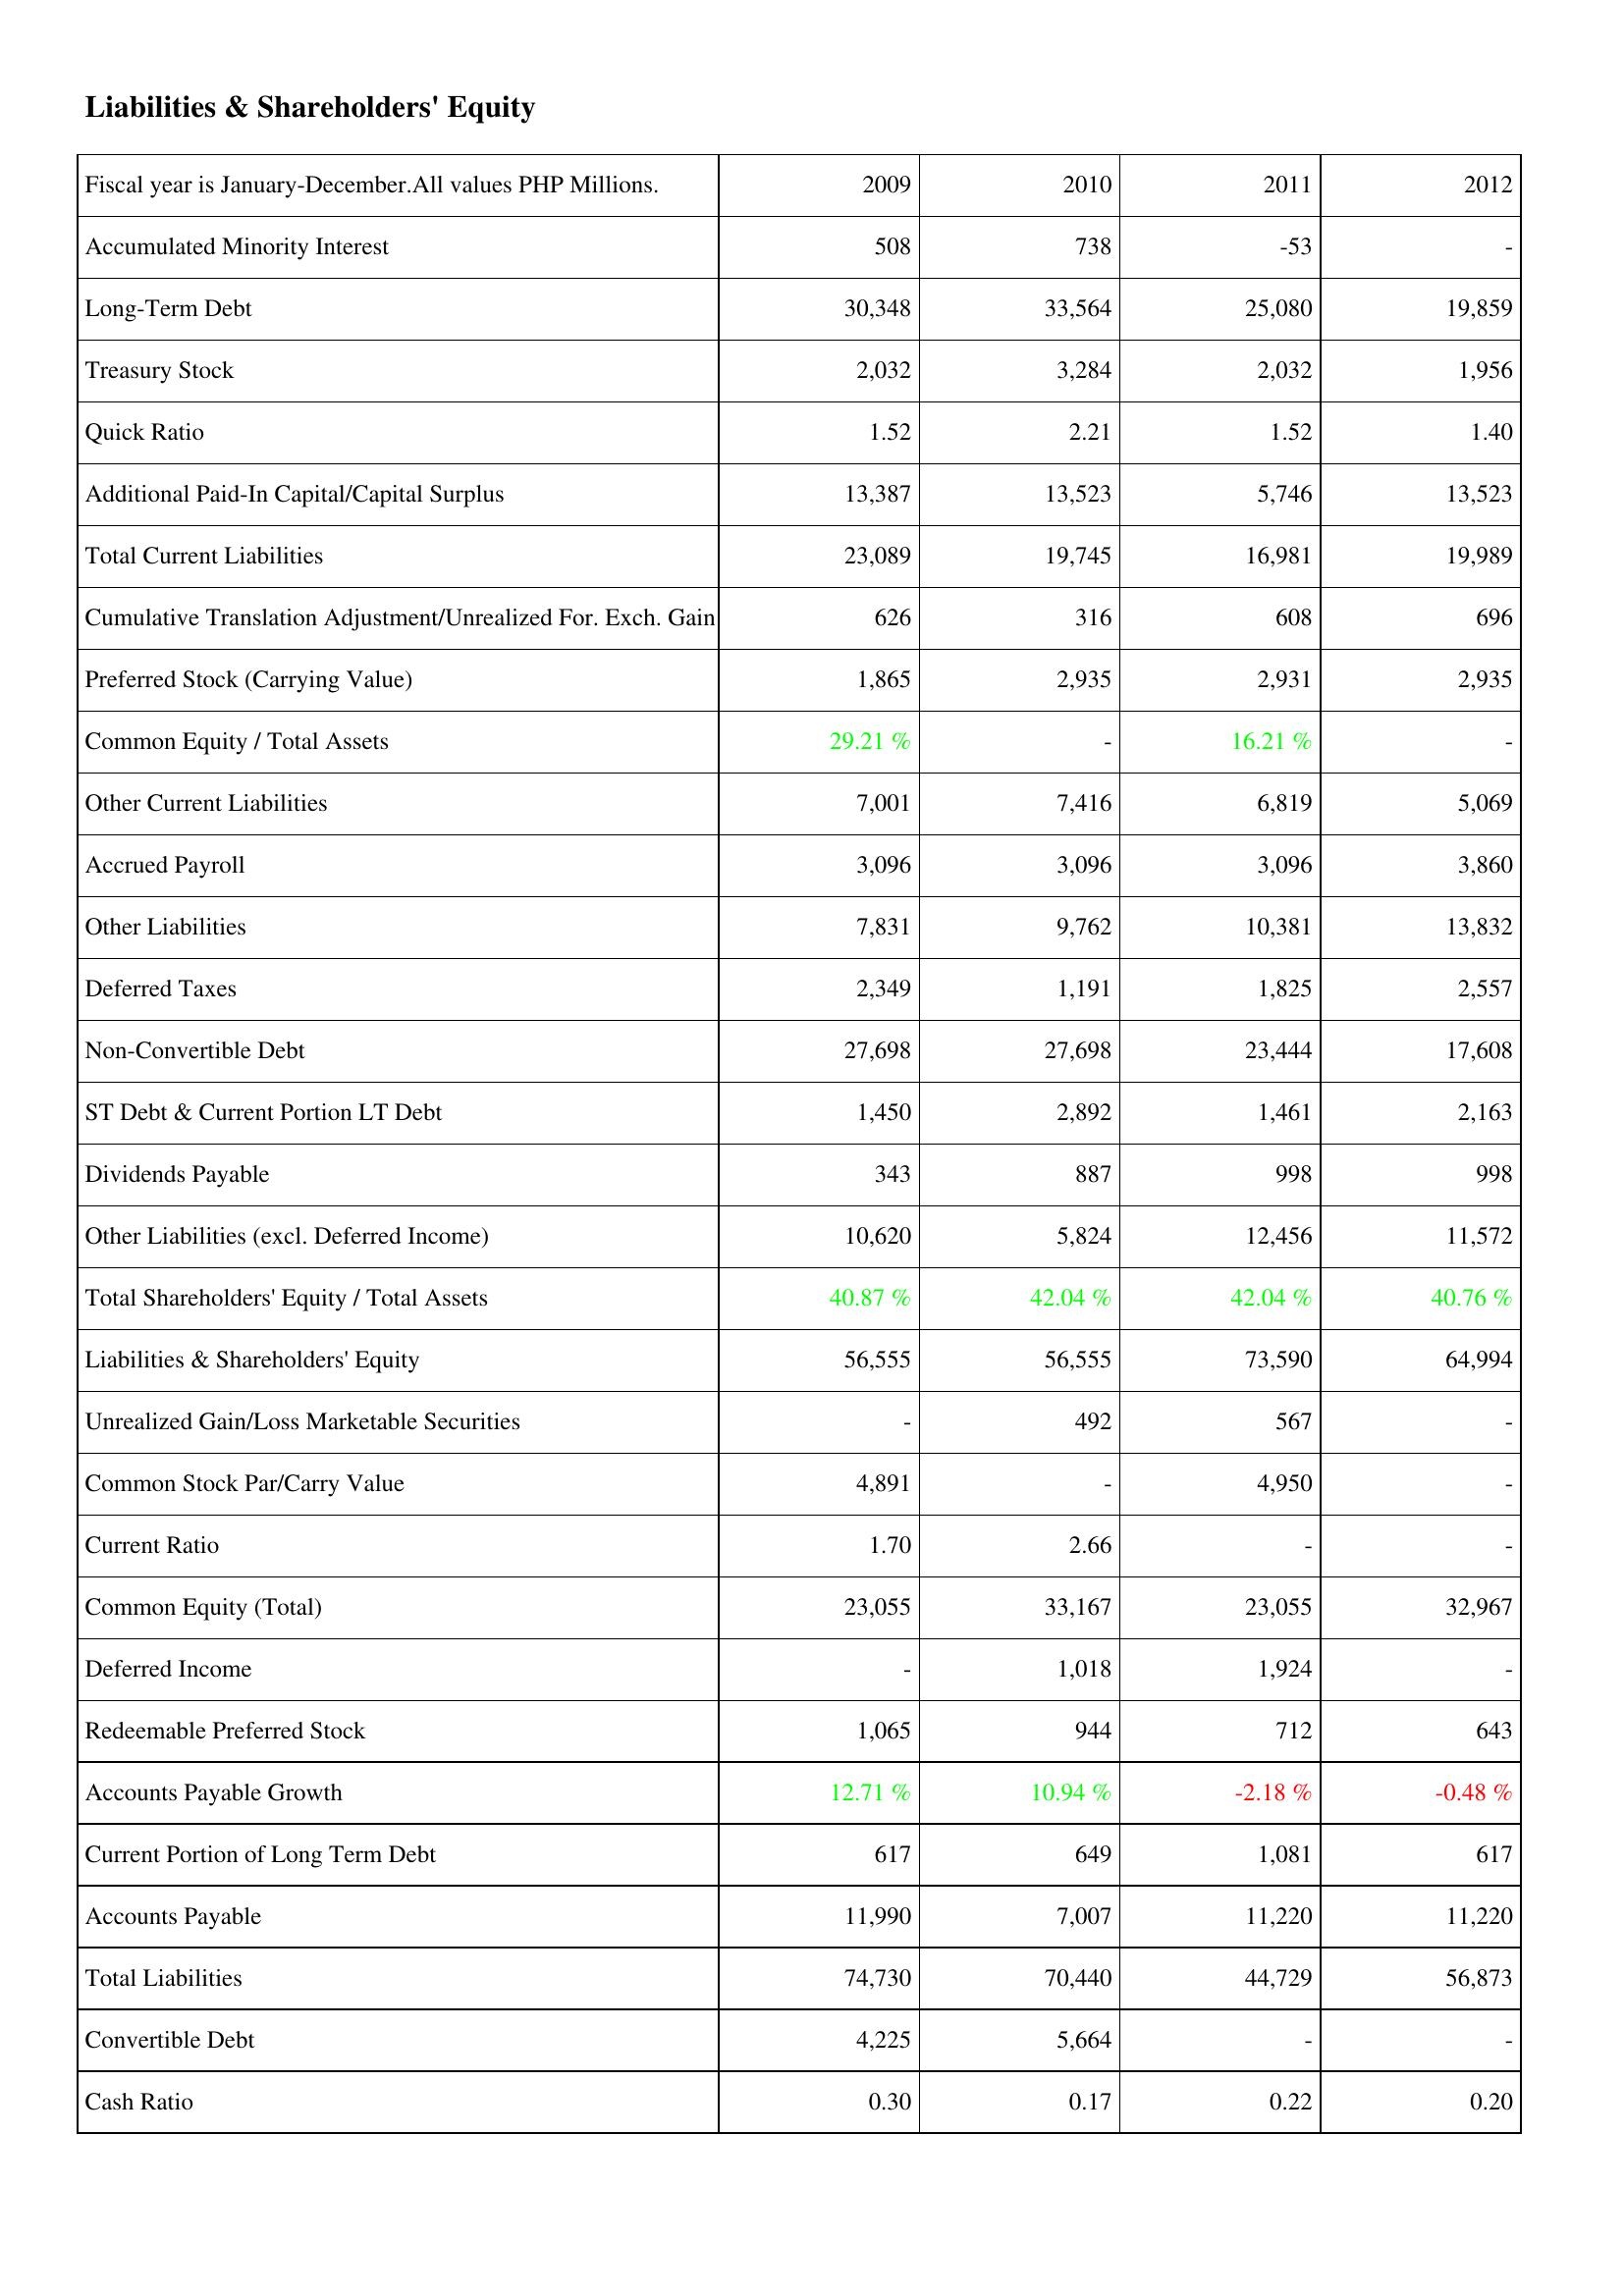
2009: Liabilities & Shareholders' Equity: Accumulated Minority Interest: 508
Long-Term Debt: 30,348
Treasury Stock: 2,032
Quick Ratio: 1.52
Additional Paid-In Capital/Capital Surplus: 13,387
Total Current Liabilities: 23,089
Cumulative Translation Adjustment/Unrealized For. Exch. Gain: 626
Preferred Stock (Carrying Value): 1,865
Common Equity / Total Assets: 29.21 %
Other Current Liabilities: 7,001
Accrued Payroll: 3,096
Other Liabilities: 7,831
Deferred Taxes: 2,349
Non-Convertible Debt: 27,698
ST Debt & Current Portion LT Debt: 1,450
Dividends Payable: 343
Other Liabilities (excl. Deferred Income): 10,620
Total Shareholders' Equity / Total Assets: 40.87 %
Liabilities & Shareholders' Equity: 56,555
Unrealized Gain/Loss Marketable Securities: -
Common Stock Par/Carry Value: 4,891
Current Ratio: 1.70
Common Equity (Total): 23,055
Deferred Income: -
Redeemable Preferred Stock: 1,065
Accounts Payable Growth: 12.71 %
Current Portion of Long Term Debt: 617
Accounts Payable: 11,990
Total Liabilities: 74,730
Convertible Debt: 4,225
Cash Ratio: 0.30
2010: Liabilities & Shareholders' Equity: Accumulated Minority Interest: 738
Long-Term Debt: 33,564
Treasury Stock: 3,284
Quick Ratio: 2.21
Additional Paid-In Capital/Capital Surplus: 13,523
Total Current Liabilities: 19,745
Cumulative Translation Adjustment/Unrealized For. Exch. Gain: 316
Preferred Stock (Carrying Value): 2,935
Common Equity / Total Assets: -
Other Current Liabilities: 7,416
Accrued Payroll: 3,096
Other Liabilities: 9,762
Deferred Taxes: 1,191
Non-Convertible Debt: 27,698
ST Debt & Current Portion LT Debt: 2,892
Dividends Payable: 887
Other Liabilities (excl. Deferred Income): 5,824
Total Shareholders' Equity / Total Assets: 42.04 %
Liabilities & Shareholders' Equity: 56,555
Unrealized Gain/Loss Marketable Securities: 492
Common Stock Par/Carry Value: -
Current Ratio: 2.66
Common Equity (Total): 33,167
Deferred Income: 1,018
Redeemable Preferred Stock: 944
Accounts Payable Growth: 10.94 %
Current Portion of Long Term Debt: 649
Accounts Payable: 7,007
Total Liabilities: 70,440
Convertible Debt: 5,664
Cash Ratio: 0.17
2011: Liabilities & Shareholders' Equity: Accumulated Minority Interest: -53
Long-Term Debt: 25,080
Treasury Stock: 2,032
Quick Ratio: 1.52
Additional Paid-In Capital/Capital Surplus: 5,746
Total Current Liabilities: 16,981
Cumulative Translation Adjustment/Unrealized For. Exch. Gain: 608
Preferred Stock (Carrying Value): 2,931
Common Equity / Total Assets: 16.21 %
Other Current Liabilities: 6,819
Accrued Payroll: 3,096
Other Liabilities: 10,381
Deferred Taxes: 1,825
Non-Convertible Debt: 23,444
ST Debt & Current Portion LT Debt: 1,461
Dividends Payable: 998
Other Liabilities (excl. Deferred Income): 12,456
Total Shareholders' Equity / Total Assets: 42.04 %
Liabilities & Shareholders' Equity: 73,590
Unrealized Gain/Loss Marketable Securities: 567
Common Stock Par/Carry Value: 4,950
Current Ratio: -
Common Equity (Total): 23,055
Deferred Income: 1,924
Redeemable Preferred Stock: 712
Accounts Payable Growth: -2.18 %
Current Portion of Long Term Debt: 1,081
Accounts Payable: 11,220
Total Liabilities: 44,729
Convertible Debt: -
Cash Ratio: 0.22
2012: Liabilities & Shareholders' Equity: Accumulated Minority Interest: -
Long-Term Debt: 19,859
Treasury Stock: 1,956
Quick Ratio: 1.40
Additional Paid-In Capital/Capital Surplus: 13,523
Total Current Liabilities: 19,989
Cumulative Translation Adjustment/Unrealized For. Exch. Gain: 696
Preferred Stock (Carrying Value): 2,935
Common Equity / Total Assets: -
Other Current Liabilities: 5,069
Accrued Payroll: 3,860
Other Liabilities: 13,832
Deferred Taxes: 2,557
Non-Convertible Debt: 17,608
ST Debt & Current Portion LT Debt: 2,163
Dividends Payable: 998
Other Liabilities (excl. Deferred Income): 11,572
Total Shareholders' Equity / Total Assets: 40.76 %
Liabilities & Shareholders' Equity: 64,994
Unrealized Gain/Loss Marketable Securities: -
Common Stock Par/Carry Value: -
Current Ratio: -
Common Equity (Total): 32,967
Deferred Income: -
Redeemable Preferred Stock: 643
Accounts Payable Growth: -0.48 %
Current Portion of Long Term Debt: 617
Accounts Payable: 11,220
Total Liabilities: 56,873
Convertible Debt: -
Cash Ratio: 0.20